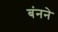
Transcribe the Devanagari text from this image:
बंनने